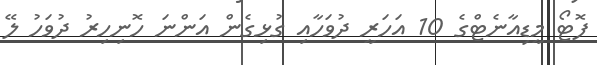
ފޮޓޯ މީޑިއާނެޓްގެ 10 އަހަރީ ދުވަހާއި ގުޅިގެން އަންނަ ހޮނިހިރު ދުވަހު ލޭ